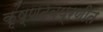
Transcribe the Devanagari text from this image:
कृष्णदेवप्रणीत